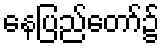
နေပြည်တော်၌